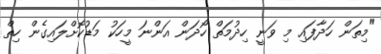
"މިތަން ހަދާފައި މި ވަނީ ހިދުމަތް ހޯދަން އަންނަ މީހަކު މަޑުކޮށްލައިގެން ހިތް